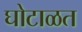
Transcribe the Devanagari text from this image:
घोटाळत